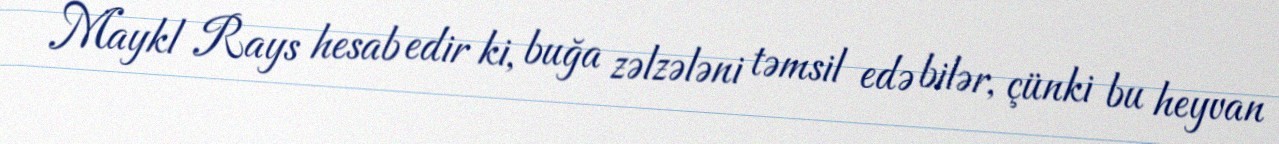
Maykl Rays hesab edir ki, buğa zəlzələni təmsil edə bilər, çünki bu heyvan